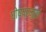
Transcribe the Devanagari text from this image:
घोषप्रमुख